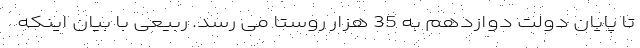
تا پایان دولت دوازدهم به 35 هزار روستا می رسد. ربیعی با بیان اینکه